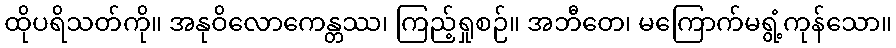
ထိုပရိသတ်ကို။ အနုဝိလောကေန္တဿ၊ ကြည့်ရှုစဉ်။ အဘီတေ၊ မကြောက်မရွံ့ကုန်သော။